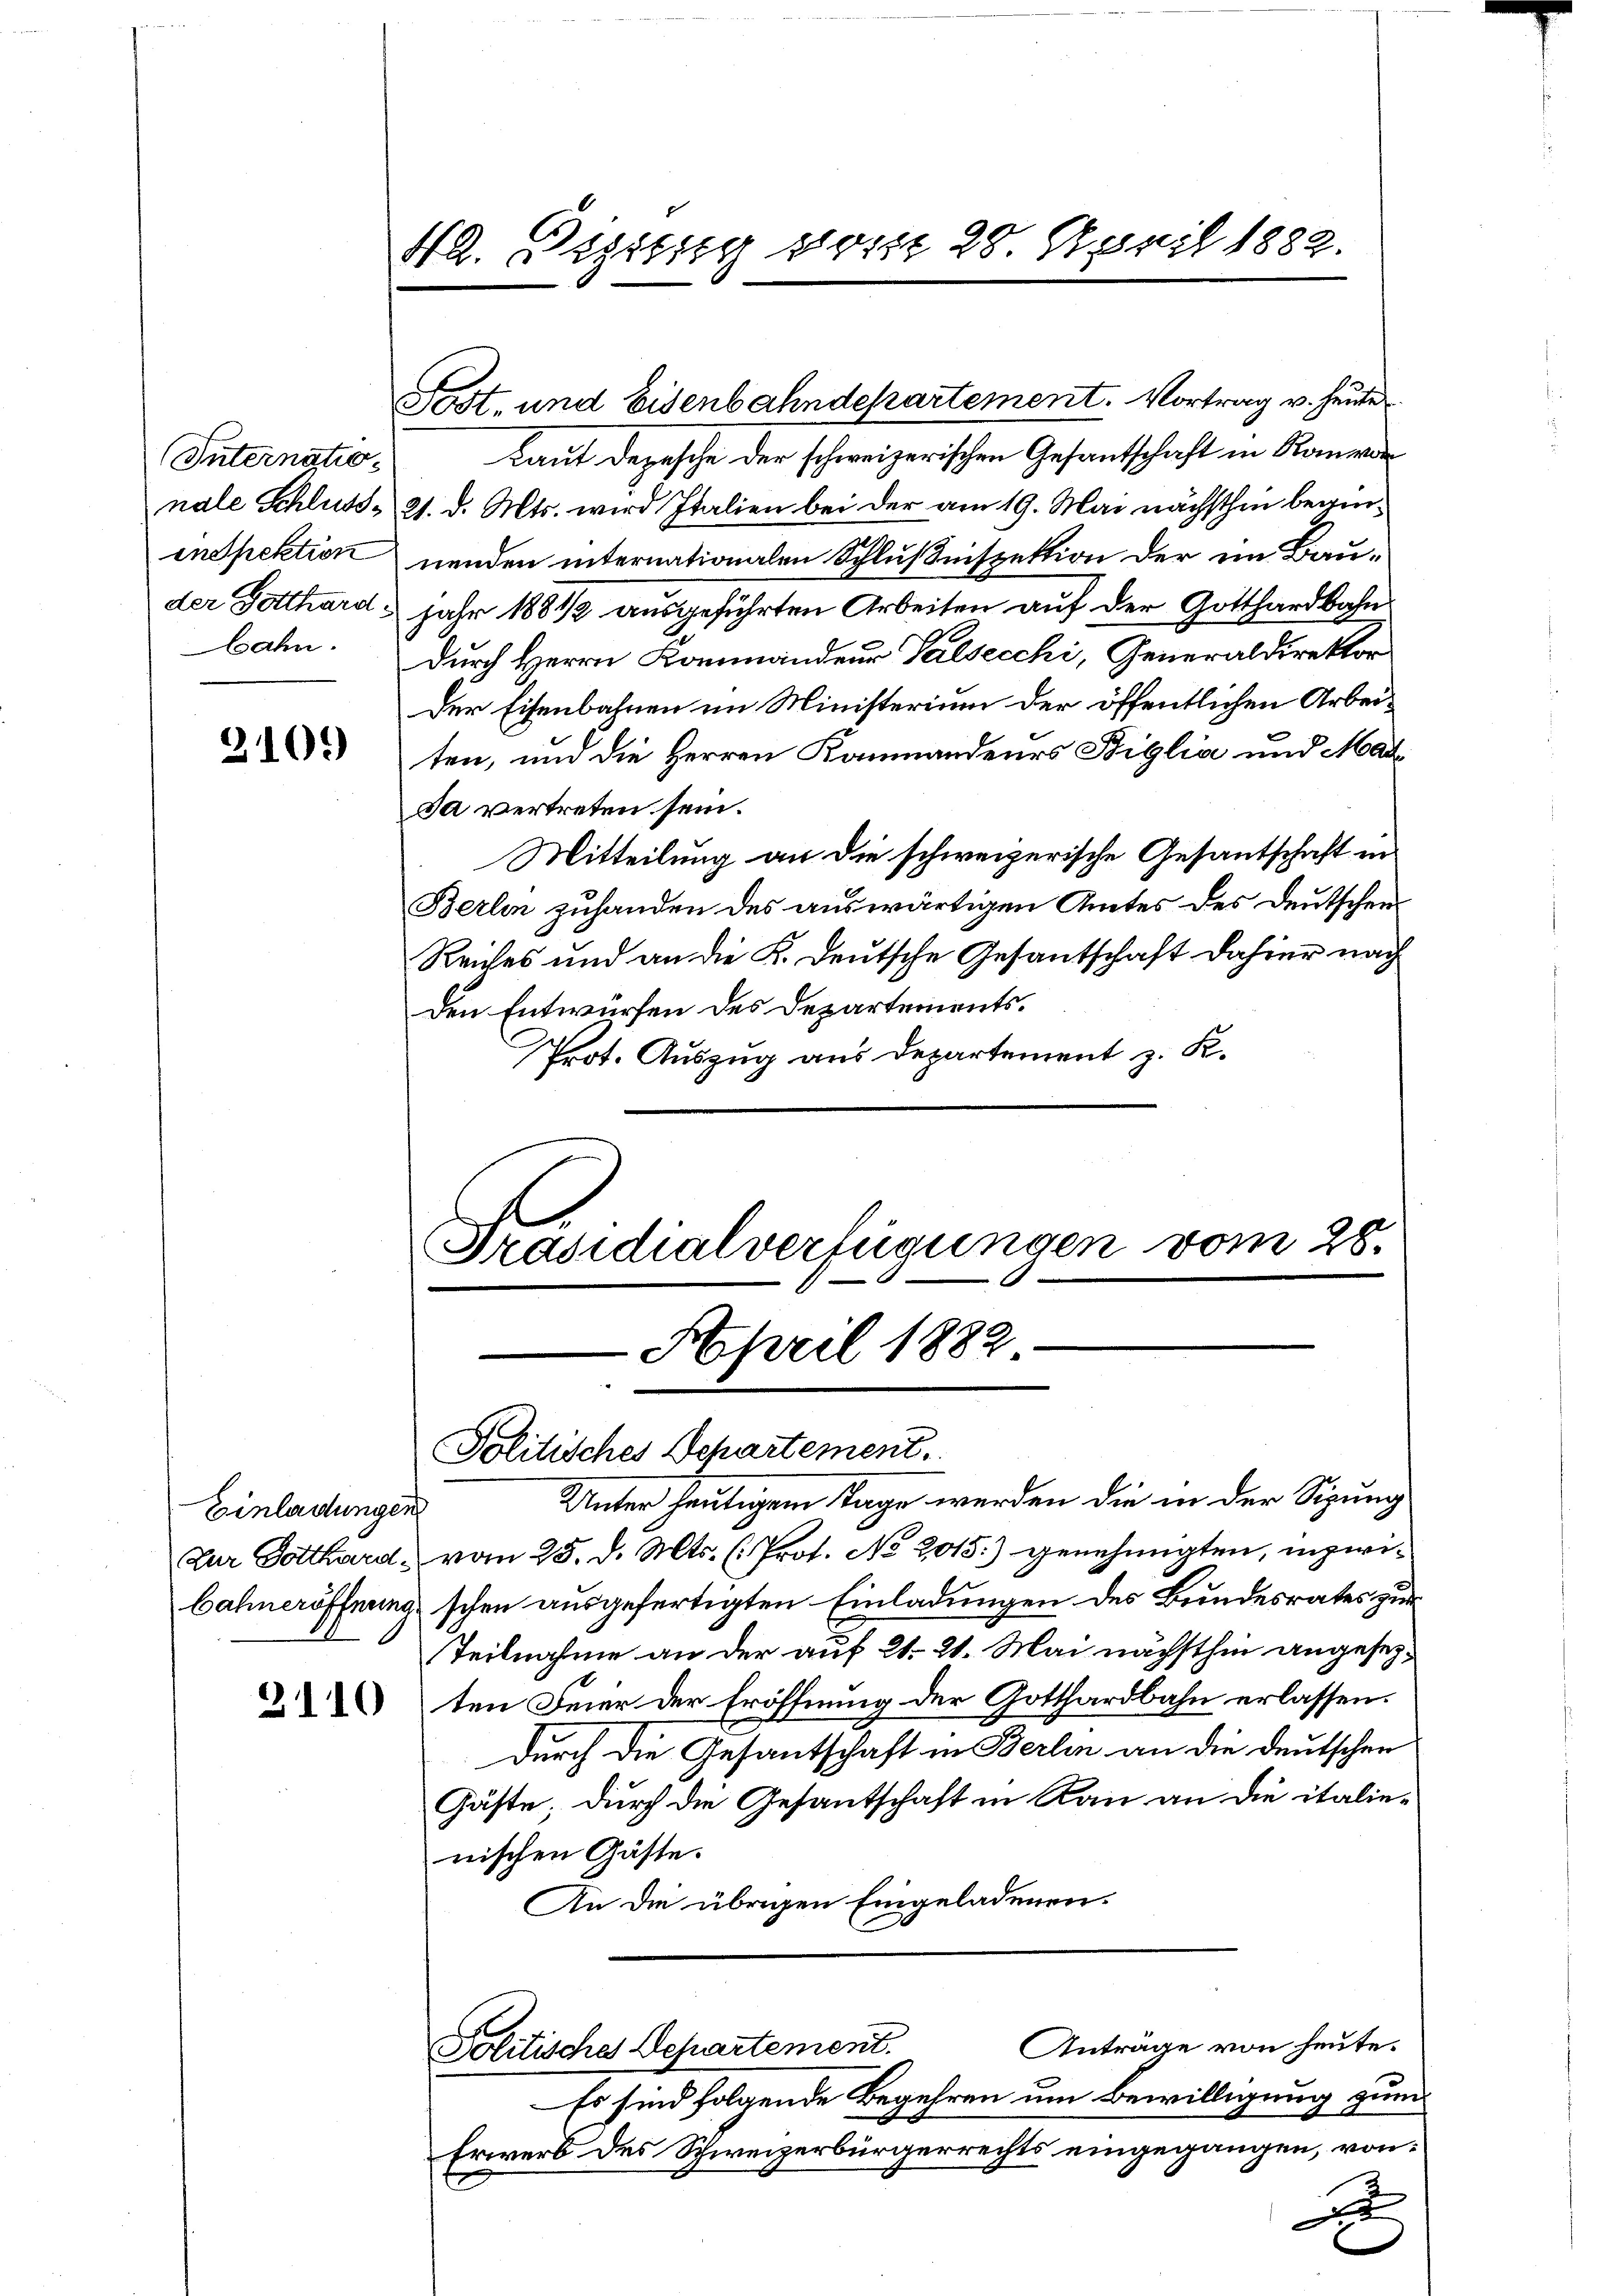
(Internatio
nale Schluss
inspektion
der Gotthard.

3109

Einladungen
Zur Gotthardbahneröffnung

2110

42. Digung vom 28 April 1882.

Post- und Eisenbahndepartement. Vortrag v. heute

Laut Depesche der schweizerischen Gesantschaft in Raum
21. d. Mts. wird Italien bei der am 19. Mai nächsthin beginnenden internationalen Schlußnspektion der im Baujahr 1881/2 ausgeführten Arbeiten auf der Gotthardbahn
bahn. Durch Herrn Kommandeur Salsecchi, Generaldirektor
Der Eisenbahnen im Ministerium der öffentlichen Arbeiten, und die Herren Kammandeurs Riglia und Mar¬
Ja vertreten sein.
Mitteilung an die schweizerische Gesantschaft in
Berlin zuhanden des auswärtigen Amtes des Deutschen
Reiches und an die K. Deutsche Gesantschaft dahier nach
den Entwürfen des Departements¬
Prot. Auszug aus Departement z. K.

Präsidialverfügungen vom 28.
.
 April 1882
Politisches Separtement.

Unter heutigem Tage werden die in der Sigung
vom 25. d. Mts. (: Prof. No 2015.) genehmigten, inzwischen ausgefertigten Einladungen des Bundesrates zur
Teilnahme an der auf 21. 21. Mai nächsthin angesezten Feier der Eröffnung der Gotthardbahn erlassen.
Durch die Gesantschaft in Berlin an die deutschen
Gäste; durch die Gesantschaft in Rau an die italienischen Gäste.
An die übrigen Eingeladenen.
Anträge von heute.
Politische Departement.
Es sind folgende Begehren um Bewilligung zum
Erwerb des Schweizerbürgerrechts eingegangen, von

x